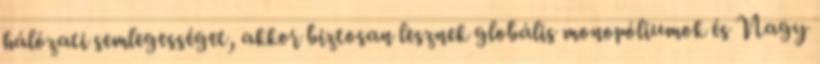
hálózati semlegességet, akkor biztosan lesznek globális monopóliumok és Nagy